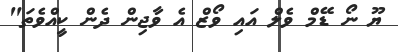
ޔޫ ނޯ ޑޭމް ވެލް އައި ވޯޒް އެ ވާޖިން ދެން ކީއްވެތަ"